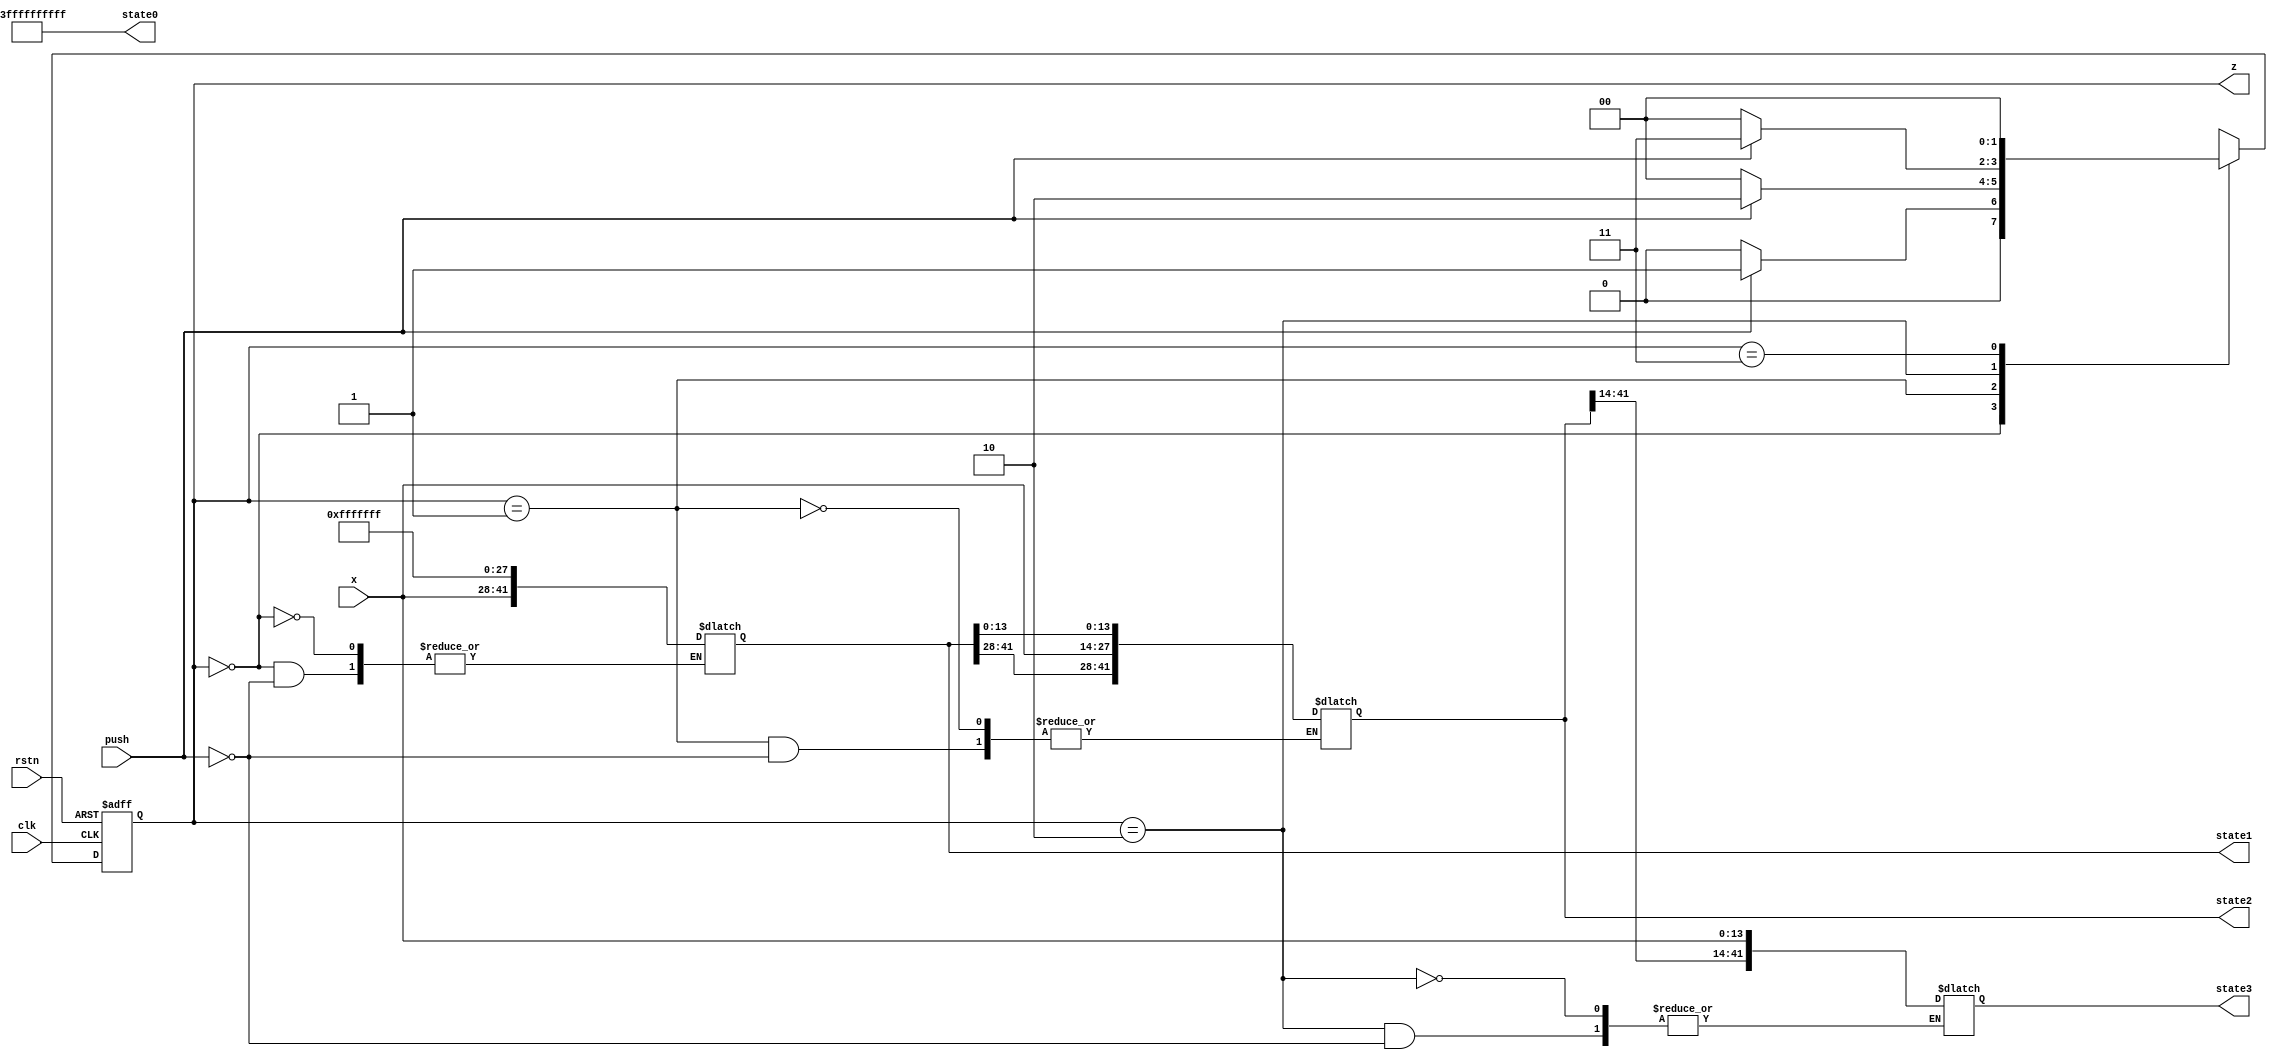
//Moore
module state_machine(clk, rstn, x,push,state0,state1,state2,state3, z);
input clk, rstn,push;
input [13:0] x;
output [1:0]z;
output [41:0]state0;
output reg[41:0]state1,state2,state3;

	reg [1:0] ps, ns;
	parameter[1:0] s0 = 2'b00, s1 = 2'b01, s2 = 2'b10, s3 = 2'b11;
	
	assign state0 = 42'b111111111111111111111111111111111111111111;
	
	always@(push, ps)
		case(ps)
			s0: if(push)
					begin
					ns = s1;
					state1 <= {x[13:0],state0[27:0]};
					end
				 else  ns = s0;
			s1: if(push) 
					begin
					ns = s2;
					state2 <= {state1[41:28], x[13:0], state1[13:0]};
					end
				 else  ns = s0;
			s2: if(push) 
					begin
					ns = s3;
					state3 <= {state2[41:14],x[13:0]};
					end
				 else  ns = s0;
			s3: if(push) ns = s0;
				 else  ns = s0;
				 
				 default: ns = 2'bxx;
			endcase
			
		assign z = ps;
		
		always @(negedge rstn, posedge clk)
			if(rstn == 0)
				ps <= s0;
			else
				ps <= ns;
				
endmodule

//Moore state to seven segment
module mux4to1(z, display, s0,s1, s2, s3);
input [1:0] z;
input[41:0]s0,s1,s2,s3;
output [41:0]display;
reg [41:0]out;

	always@(z)
		case(z)
		
		2'b00: out = s0;
		2'b01: out = s1;
		2'b10: out = s2;
		2'b11: out = s3;
				 
		default: out = 42'bxxxxxxxxxxxxxxxxxxxxxxxxxxxxxxxxxxxxxxxxxx;
		endcase
		
	assign disp = 42'b111111011111101111110111111011111101111110;
	endmodule


//BCD to Seven Segment
module bcdto7(sw,push,seven);
input[7:0]sw;
input push;
output[13:0]seven;

reg[6:0]out0, out1;
wire[3:0]x0,x1;

	assign x0 = sw[3:0];
	assign x1 = sw[7:4];

always@(x0)
	case(x0)
	
	4'b0000: out0[6:0] = 0000001;
	4'b0001: out0[6:0] = 1001111;
	4'b0010: out0[6:0] = 0010010;
	4'b0011: out0[6:0] = 0000110;
	4'b0100: out0[6:0] = 1001100;
	4'b0101: out0[6:0] = 0100100;
	4'b0110: out0[6:0] = 0100000;
	4'b0111: out0[6:0] = 0001111;
	4'b1000: out0[6:0] = 0000000;
	4'b1001: out0[6:0] = 0001100;
	
	endcase
	
always@(x1)
	case(x1)
	
	4'b0000: out1[6:0] = 0000001;
	4'b0001: out1[6:0] = 1001111;
	4'b0010: out1[6:0] = 0010010;
	4'b0011: out1[6:0] = 0000110;
	4'b0100: out1[6:0] = 1001100;
	4'b0101: out1[6:0] = 0100100;
	4'b0110: out1[6:0] = 0100000;
	4'b0111: out1[6:0] = 0001111;
	4'b1000: out1[6:0] = 0000000;
	4'b1001: out1[6:0] = 0001100;
	
	endcase
	
assign seven = {out1[6:0],out0[6:0]};

endmodule

//Checks if the input password is correct
module lock(x,f);
input [41:0] x;
output [41:0]f;

reg [41:0]y;

always@(x)
	begin
	if(x == 42'b000111100000010001100000011000011000000110) y = 42'b100111110011111001111100111110011111001111;
	else y = 42'b111111011111101111110111111011111101111110;
	end

	assign f = y;
	
endmodule